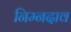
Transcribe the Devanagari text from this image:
निम्नदाव